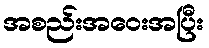
အစည်းအဝေးအပြီး